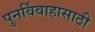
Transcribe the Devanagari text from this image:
पुनर्विवाहासाठी